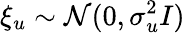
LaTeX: \xi_{u}\sim\mathcal{N}(0,\sigma_{u}^{2}I)